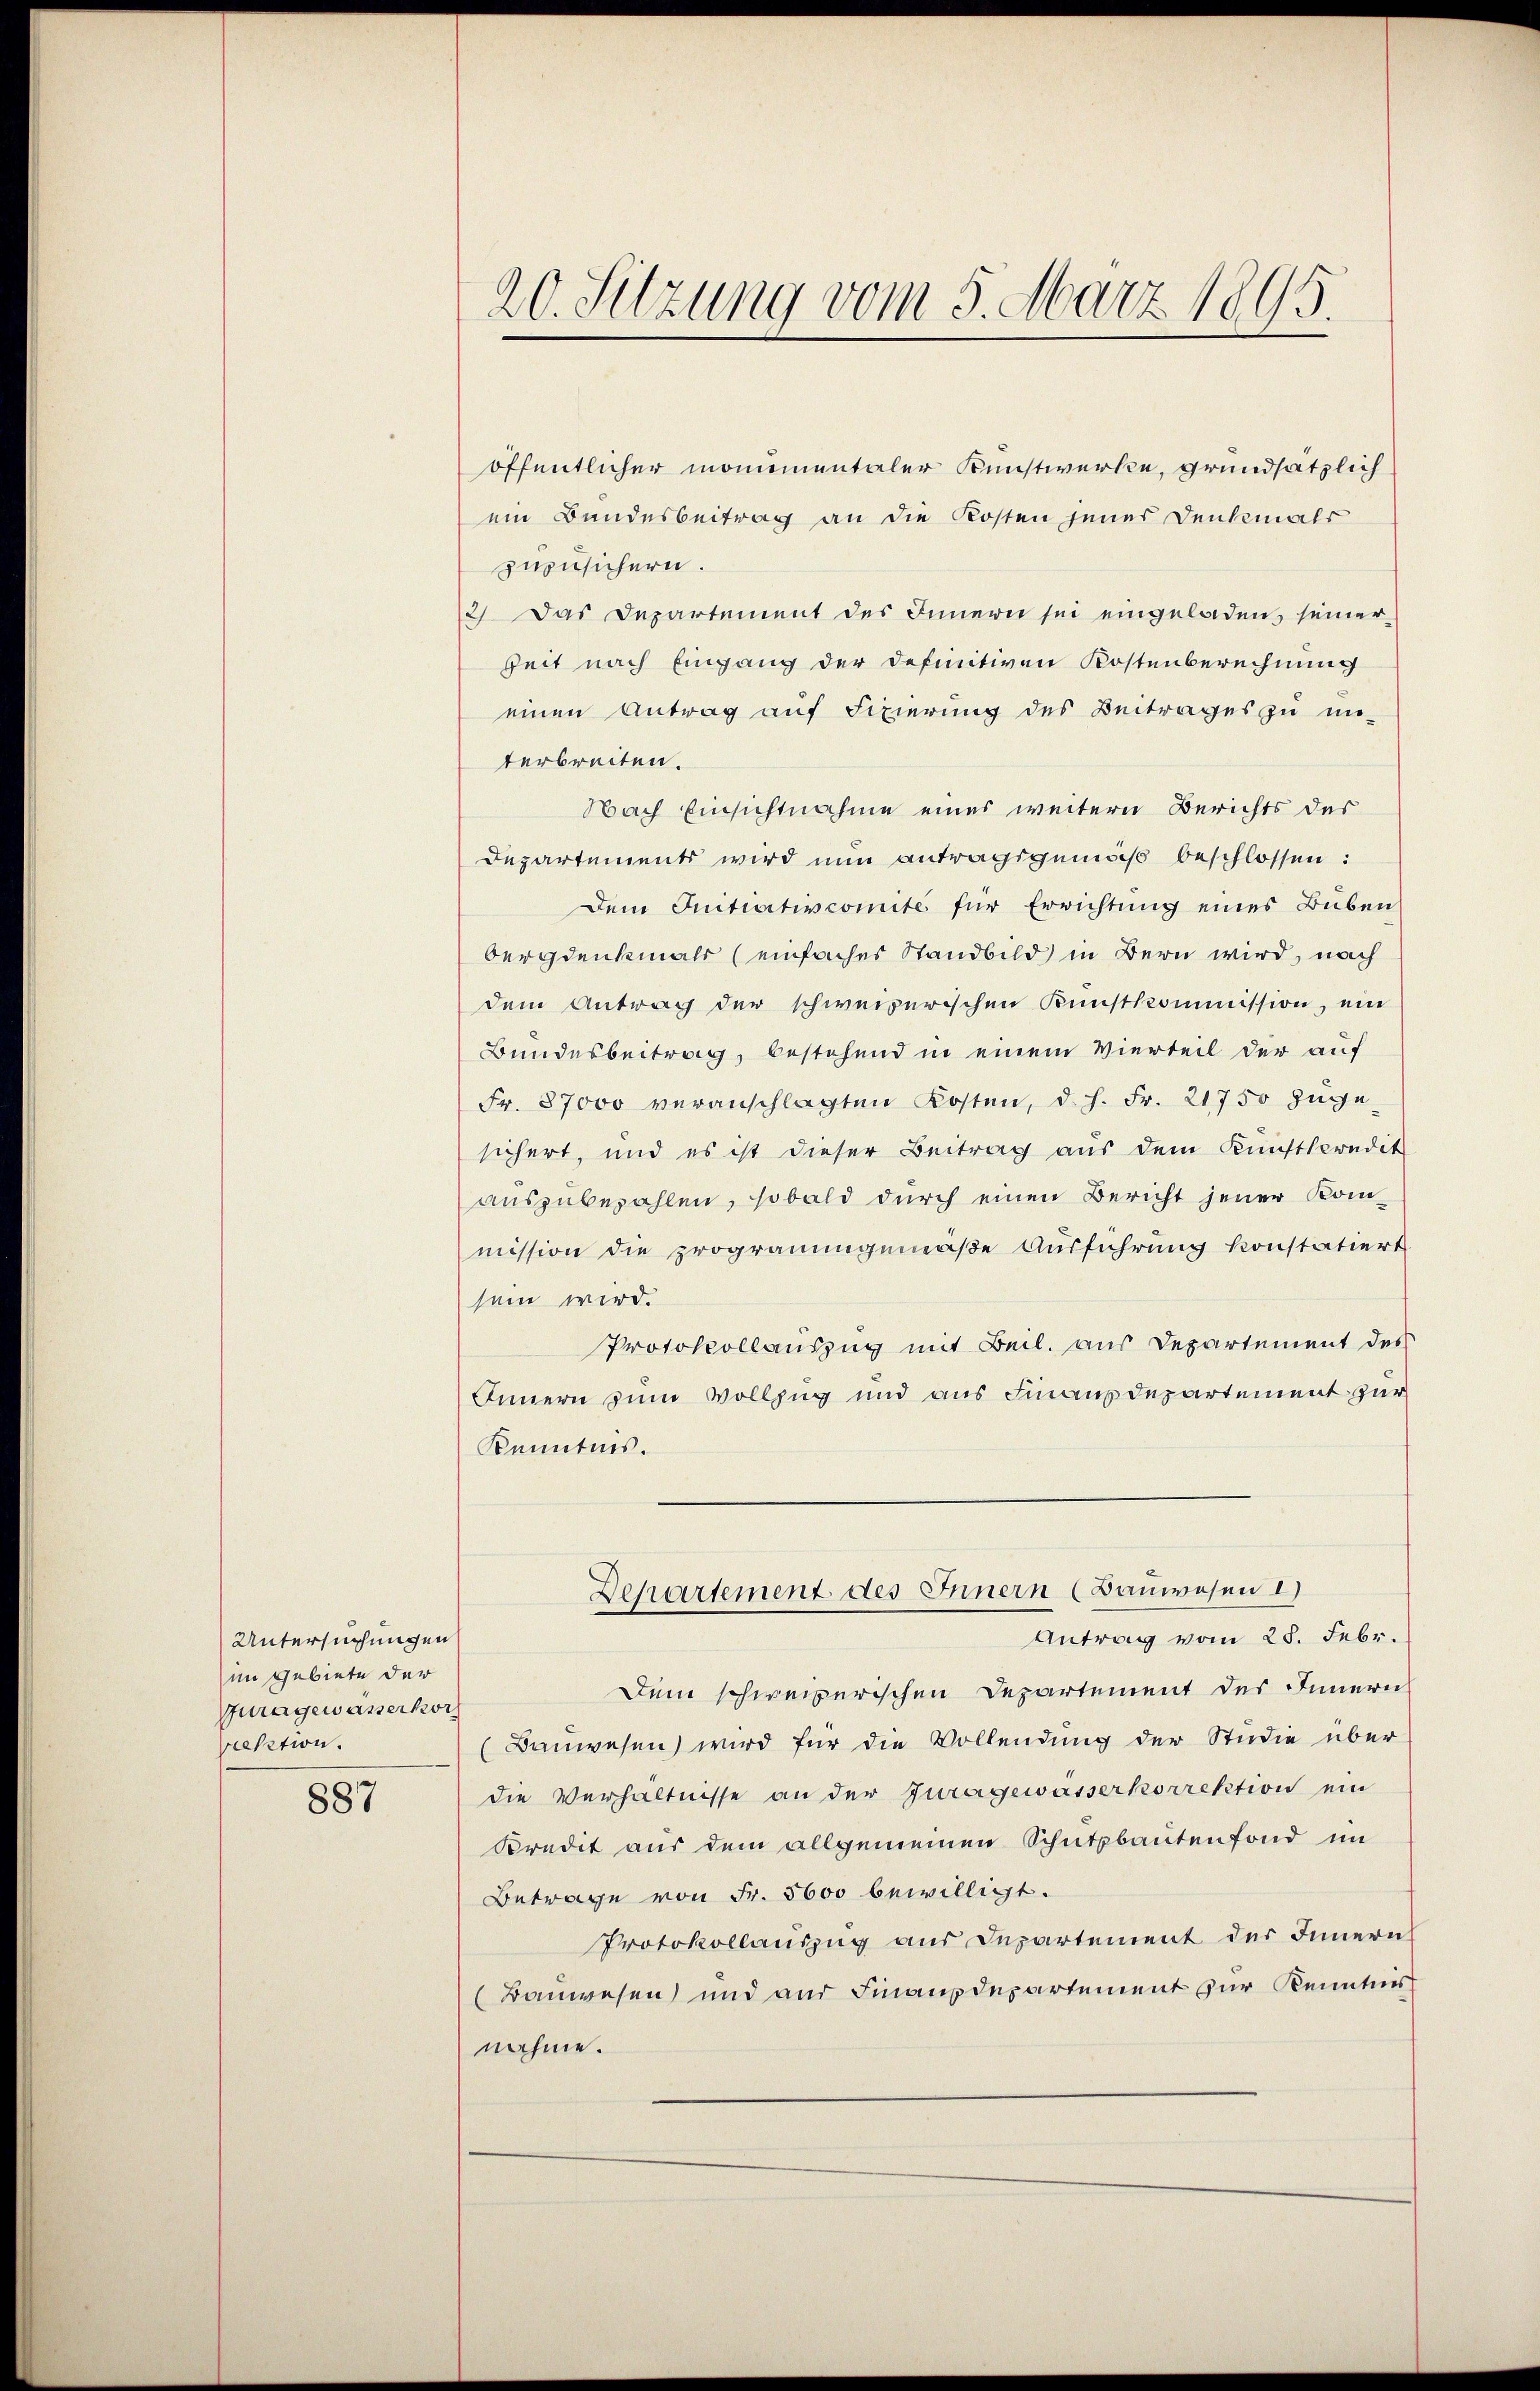
Untersuchungen
im Gebiete der
Guragewässerkor
rektion.

887

20. Sitzung vom 5. März 1895.

öffentlicher monumentaler Kunstwerke, grundsätzlich
ein Bandesbeitrag an die Kosten jenes Denkmals
zuzusichern.
2) Das Departement des Innern sei eingeladen seiner
Zeit nach Eingang der definitiven Kostenberechnung
einen Antrag auf Fixierung des Beitrages zu un-
terbreiten.
Nach Einsichtnahme eines weitern Berichts des
Departements wird nun antragsgemäß beschlossen:
Dem Initiativcomite für Errichtung eines Buben
bergdenkmals (einfaches Standbild in Bern wird, nach
dem Antrag der schweizerischen Kunstkommission, ein
Bundesbeitrag, bestehend in einem Vierteil der auf
Fr. 87000 veranschlagten Kosten, d. h. Fr. 21750 zuge
sichert, und es ist dieser Beitrag aus dem Kunstleredit
auszubezahlen, sobald durch einen Bericht jener Kommission die programmgemäße Ausführung konstatiert
sein wird.
Protokollauszug mit Beil. aus Departement des
Innern zum Vollzug und aus Finanzdepartement zur
Kenntnis.
Departement des Innern (Bauwesen 1)
Antrag vom 28. Febr.
Dein schweizerischen Departement des Innern
(Bauwesen wird für die Vollendung der Studie über
die Verhältnisse an der Juragewasserkorrektion ein
kredit aus dem allgemeinen Schutzbautenfond im
Betrage von Fr. 5600 bewilligt.
Protokollauszug aus Departement der Innern
(Bauwesen und aus Finanzdepartement zur Kenntnis
nahme.